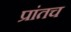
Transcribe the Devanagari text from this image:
प्रांतच